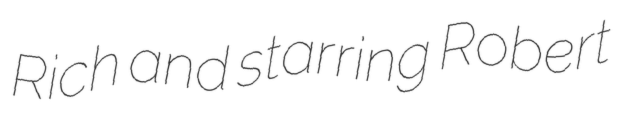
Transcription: Rich and starring Robert